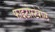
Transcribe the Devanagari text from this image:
फाइटोस्टेरोल